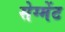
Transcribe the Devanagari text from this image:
सेग्मेंट